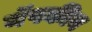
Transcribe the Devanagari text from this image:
नॅपकीन